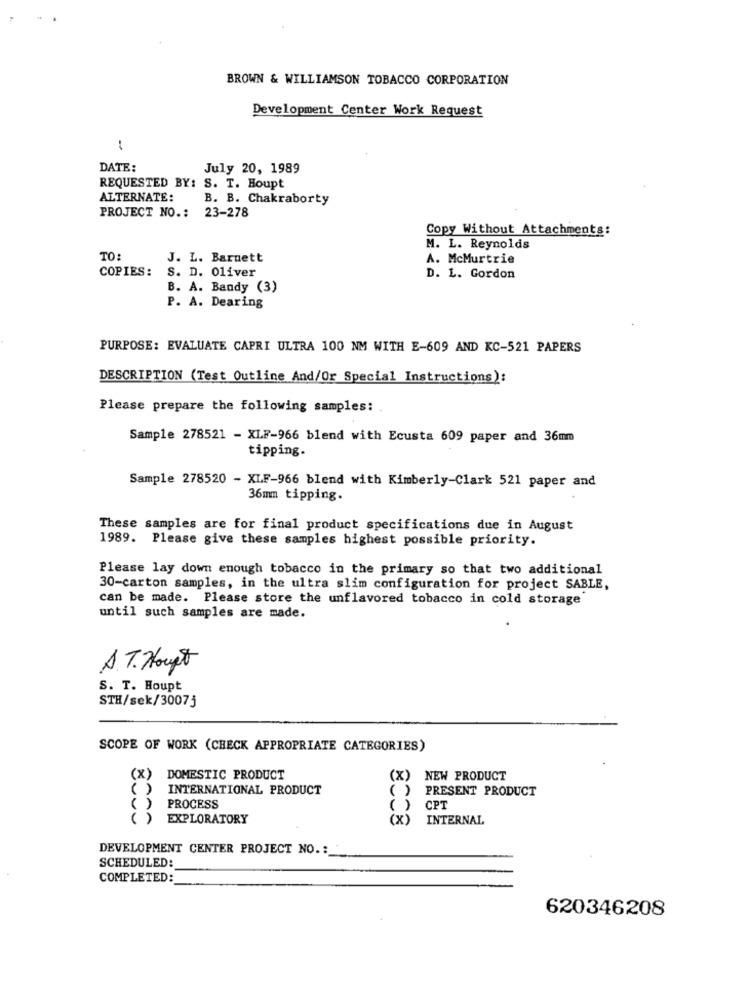
BROWN & WILLIAMSON TOBACCO CORPORATION
Development Center Work Request
:
DATE:
July 20, 1989
REQUESTED BY: S. T. Houpt
ALTERNATE:
B. B. Chakraborty
PROJECT NO .: 23-278
Copy Without Attachments:
M. L. Reynolds
TO:
J. L. Barnett
A. McMurtrie
COPIES:
S. D. Oliver
D. L. Gordon
B. A. Bandy (3)
P. A. Dearing
PURPOSE: EVALUATE CAPRI ULTRA 100 NM WITH E-609 AND KC-521 PAPERS
DESCRIPTION (Test Outline And/Or Special Instructions):
Please prepare the following samples:
Sample 278521 - XLF-966 blend with Ecusta 609 paper and 36mm
tipping.
Sample 278520 - XLF-966 blend with Kimberly-Clark 521 paper and
36mm tipping.
These samples are for final product specifications due in August
1989. Please give these samples highest possible priority.
Please lay down enough tobacco in the primary so that two additional
30-carton samples, in the ultra slim configuration for project SABLE,
can be made. Please store the unflavored tobacco in cold storage
until such samples are made.
A.T. Houpt
S. T. Houpt
STH/sek/3007j
SCOPE OF WORK (CHECK APPROPRIATE CATEGORIES)
(x)
DOMESTIC PRODUCT
(x)
NEW PRODUCT
: )
INTERNATIONAL PRODUCT
PRESENT PRODUCT
( )
PROCESS
()
CPT
()
EXPLORATORY
(x)
INTERNAL
DEVELOPMENT CENTER PROJECT NO .:
SCHEDULED:
COMPLETED:
620346208